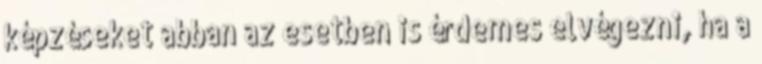
képzéseket abban az esetben is érdemes elvégezni, ha a